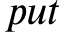
p u t